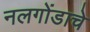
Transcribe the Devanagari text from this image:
नलगोंडाचे